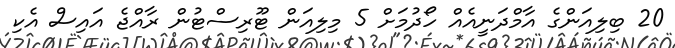
20 ބިލިއަންގެ އާމްދަނީއެއް ހޯދުމަށް 5 މިލިއަން ޓޫރިސްޓުން ރާއްޖެ އައިސް އެކި